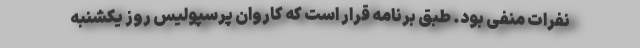
نفرات منفی بود. طبق برنامه قرار است که کاروان پرسپولیس روز یکشنبه